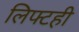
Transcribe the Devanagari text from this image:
लिफ्टही